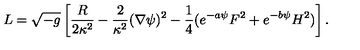
L = { \sqrt { - g } } \left[ { \frac { R } { 2 \kappa ^ { 2 } } } - { \frac { 2 } { \kappa ^ { 2 } } } ( \nabla \psi ) ^ { 2 } - { \frac { 1 } { 4 } } ( e ^ { - a \psi } F ^ { 2 } + e ^ { - b \psi } H ^ { 2 } ) \right] .